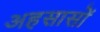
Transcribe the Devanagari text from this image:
अहसासों